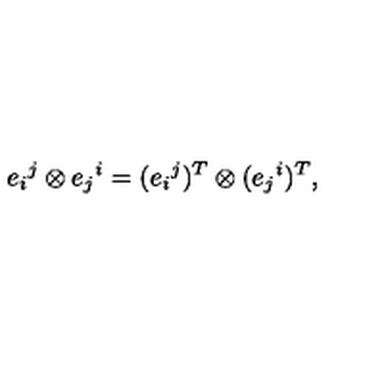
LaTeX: e _ { i } { } ^ { j } \otimes e _ { j } { } ^ { i } = ( e _ { i } { } ^ { j } ) ^ { T } \otimes ( e _ { j } { } ^ { i } ) ^ { T } ,